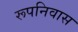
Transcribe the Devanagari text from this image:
रूपनिवास